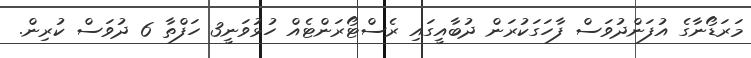
މަރަޑޯނާގެ އުފަންދުވަސް ފާހަގަކުރަން ދުބާއީގައި ރެސްޓޯރަންޓެއް ހުޅުވަނީ3 ހަފްތާ 6 ދުވަސް ކުރިން.